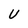
Character: U